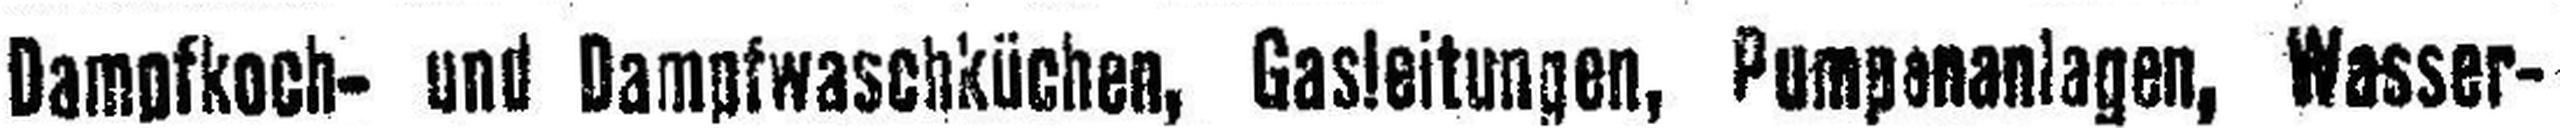
Dampfkoch- und Dampfwaschküchen, Gasleitungen, Pumpenanlagen, Wasser-